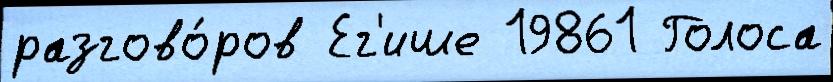
разгово́ров Ег'ише 19861 Голоса